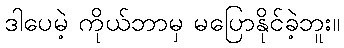
ဒါပေမဲ့ ကိုယ်ဘာမှ မပြောနိုင်ခဲ့ဘူး။